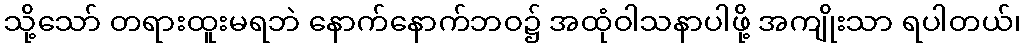
သို့သော် တရားထူးမရဘဲ နောက်နောက်ဘဝ၌ အထုံဝါသနာပါဖို့ အကျိုးသာ ရပါတယ်၊